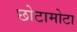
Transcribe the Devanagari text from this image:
छोटामोटा